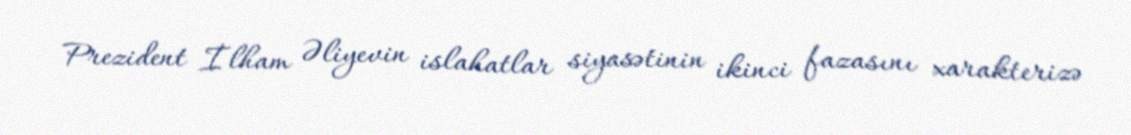
Prezident İlham Əliyevin islahatlar siyasətinin ikinci fazasını xarakterizə